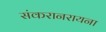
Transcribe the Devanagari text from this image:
संकरानरायना